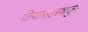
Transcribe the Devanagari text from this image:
कियासहस्त्रार्जुन